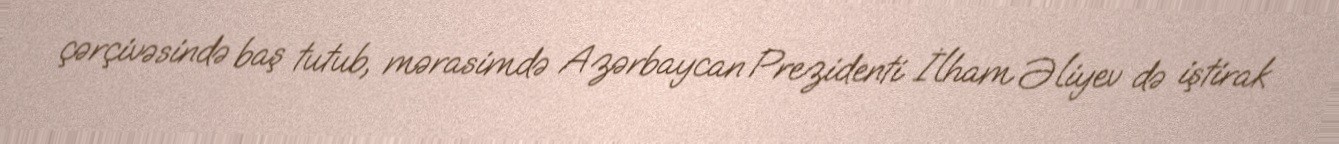
çərçivəsində baş tutub, mərasimdə Azərbaycan Prezidenti İlham Əliyev də iştirak